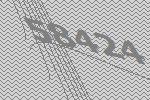
58424